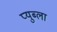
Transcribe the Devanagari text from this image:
प्युब्ला